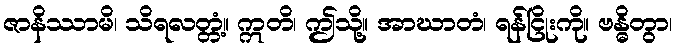
ဇာနိဿာမိ၊ သိရလတ္တံ့။ ဣတိ၊ ဤသို့။ အာဃာတံ၊ ရန်ငြိုးကို။ ဗန္ဓိတွာ၊